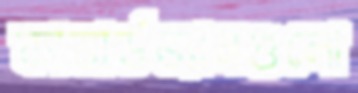
কাভার্ডভ্যানগুলো